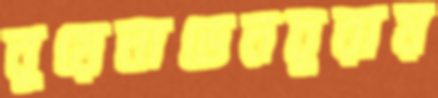
বুয়েনাভেনচুরায়